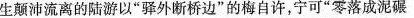
生颠沛流离的陆游以”驿外断桥边”的梅自许，宁可”零落成泥碾